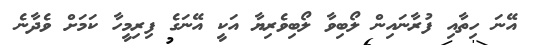
އޭނަ ހިތާއި ފުރާނައިން ލޯބިވާ ލޯބިވެރިޔާ އަކީ އޭނަގެ ފިރިމީހާ ކަމަށް ވެދާނެ